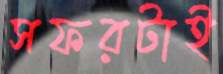
সফরটাই